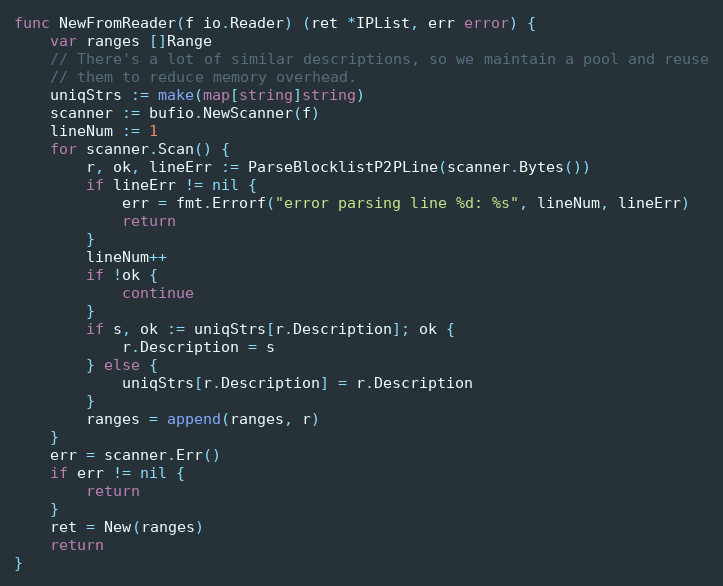
Language: Go
func NewFromReader(f io.Reader) (ret *IPList, err error) {
	var ranges []Range
	// There's a lot of similar descriptions, so we maintain a pool and reuse
	// them to reduce memory overhead.
	uniqStrs := make(map[string]string)
	scanner := bufio.NewScanner(f)
	lineNum := 1
	for scanner.Scan() {
		r, ok, lineErr := ParseBlocklistP2PLine(scanner.Bytes())
		if lineErr != nil {
			err = fmt.Errorf("error parsing line %d: %s", lineNum, lineErr)
			return
		}
		lineNum++
		if !ok {
			continue
		}
		if s, ok := uniqStrs[r.Description]; ok {
			r.Description = s
		} else {
			uniqStrs[r.Description] = r.Description
		}
		ranges = append(ranges, r)
	}
	err = scanner.Err()
	if err != nil {
		return
	}
	ret = New(ranges)
	return
}